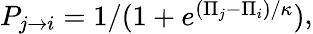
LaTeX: \begin{array}{l}{P_{j\to i}=1/(1+e^{(\Pi_{j}-\Pi_{i})/\kappa})}\end{array},